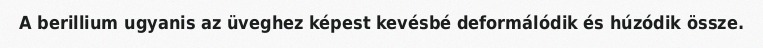
A berillium ugyanis az üveghez képest kevésbé deformálódik és húzódik össze.